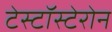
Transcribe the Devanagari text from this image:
टेस्टॉस्टेरोन